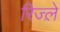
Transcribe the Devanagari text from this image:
रिज्ल़े